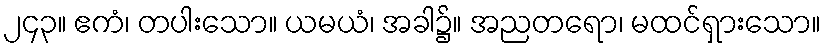
၂၄၃။ ဧကံ၊ တပါးသော။ ယမယံ၊ အခါ၌။ အညတရော၊ မထင်ရှားသော။